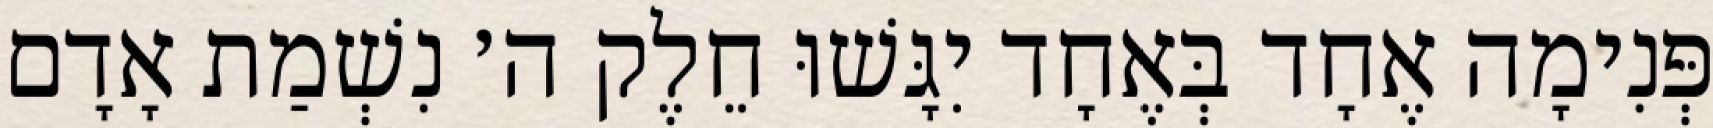
פְּנִימָה אֶחָד בְּאֶחָד יִגָּשׁוּ חֵלֶק ה׳ נִשְׁמַת אָדָם